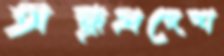
অন্ধ্রপ্রদেশ